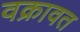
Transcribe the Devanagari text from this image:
वक्रावत